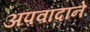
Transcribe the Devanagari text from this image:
अपवादाने